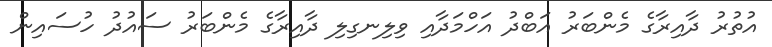
އުތުރު ދާއިރާގެ މެންބަރު އަބްދު އަހްމަދާއި ވިލިނގިލި ދާއިރާގެ މެންބަރު ސައުދު ހުސައިން